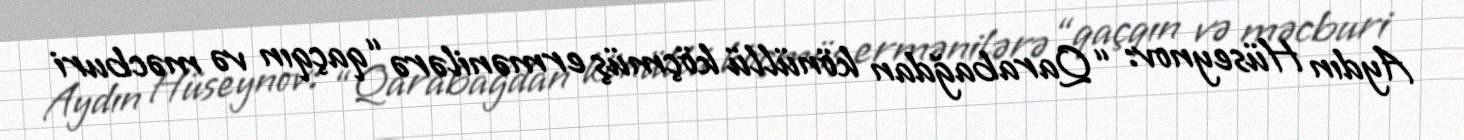
Aydın Hüseynov: “Qarabağdan könüllü köçmüş ermənilərə “qaçqın və məcburi